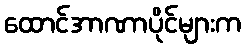
ထောင်အာဏာပိုင်များက